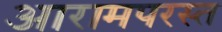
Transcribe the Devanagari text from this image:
आरामपरस्त